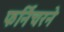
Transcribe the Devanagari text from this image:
फर्निचरने